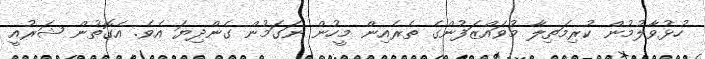
ހުޅުވާލުމުން ކުރިމަތިލާ މުވައްޒަފުންގެ ތެރެއިން މީހުން ނަގަމުން ގެންދިޔަ އެވެ. އެގޮތުން ޝަރުއީ